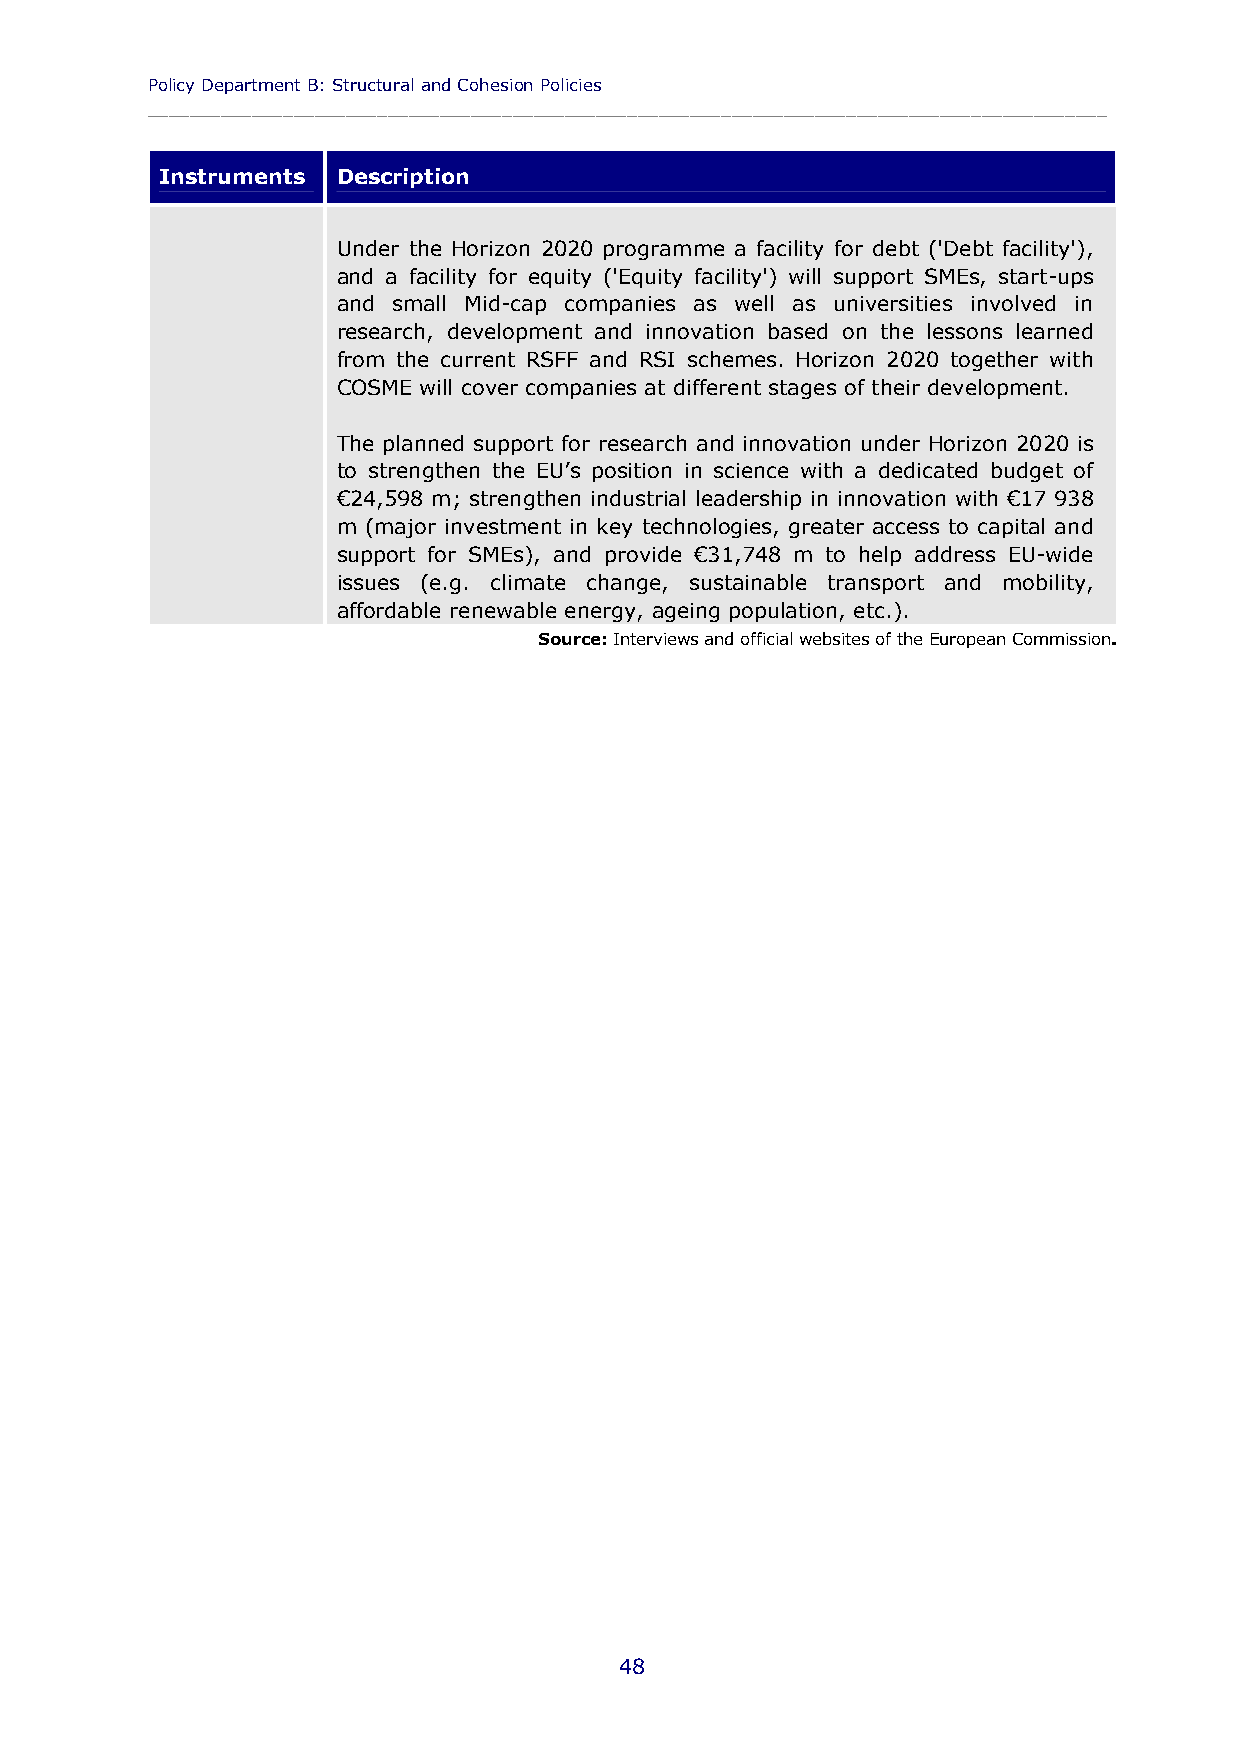
Policy Department B: Structural and Cohesion Policies
 ____________________________________________________________________________________________
 Instruments Description
 Under the Horizon 2020 programme a facility for debt ('Debt facility'),
 and a facility for equity ('Equity facility') will support SMEs, start-ups
 and small Mid-cap companies as well as universities involved in
 research, development and innovation based on the lessons learned
 from the current RSFF and RSI schemes. Horizon 2020 together with
 COSME will cover companies at different stages of their development.
 The planned support for research and innovation under Horizon 2020 is
 to strengthen the EU’s position in science with a dedicated budget of
 €24,598 m; strengthen industrial leadership in innovation with €17 938
 m (major investment in key technologies, greater access to capital and
 support for SMEs), and provide €31,748 m to help address EU-wide
 issues (e.g. climate change, sustainable transport and mobility,
 affordable renewable energy, ageing population, etc.).
 Source: Interviews and official websites of the European Commission.
 48